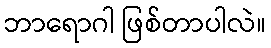
ဘာရောဂါ ဖြစ်တာပါလဲ။